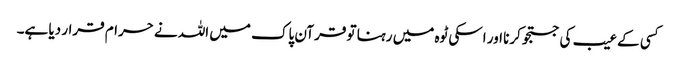
کسی کے عیب کی جستجو کرنا اور اسکی ٹوہ میں رہنا تو قرآن پاک میں اللہ نے حرام قرار دیا ہے۔